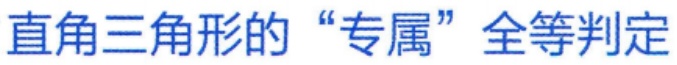
直角三角形的“专属”全等判定